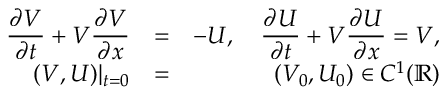
\begin{array} { r l r } { \displaystyle { \frac { \partial V } { \partial t } } + V \displaystyle { \frac { \partial V } { \partial x } } } & { = } & { - U , \quad \displaystyle { \frac { \partial U } { \partial t } } + V \displaystyle { \frac { \partial U } { \partial x } } = V , } \\ { ( V , U ) | _ { t = 0 } } & { = } & { ( V _ { 0 } , U _ { 0 } ) \in C ^ { 1 } ( { \mathbb R } ) } \end{array}